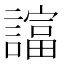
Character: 𧬙